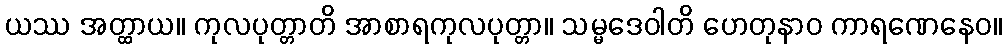
ယဿ အတ္ထာယ။ ကုလပုတ္တာတိ အာစာရကုလပုတ္တာ။ သမ္မဒေဝါတိ ဟေတုနာဝ ကာရဏေနေဝ။